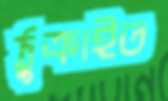
ঠুক্‌রাইত